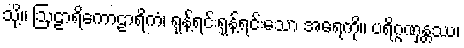
သို့။ ဩဠာရိကောဠာရိကံ၊ ရုန့်ရင်းရုန့်ရင်းသော အရေကို။ ပရိဂ္ဂဏှန္တဿ၊